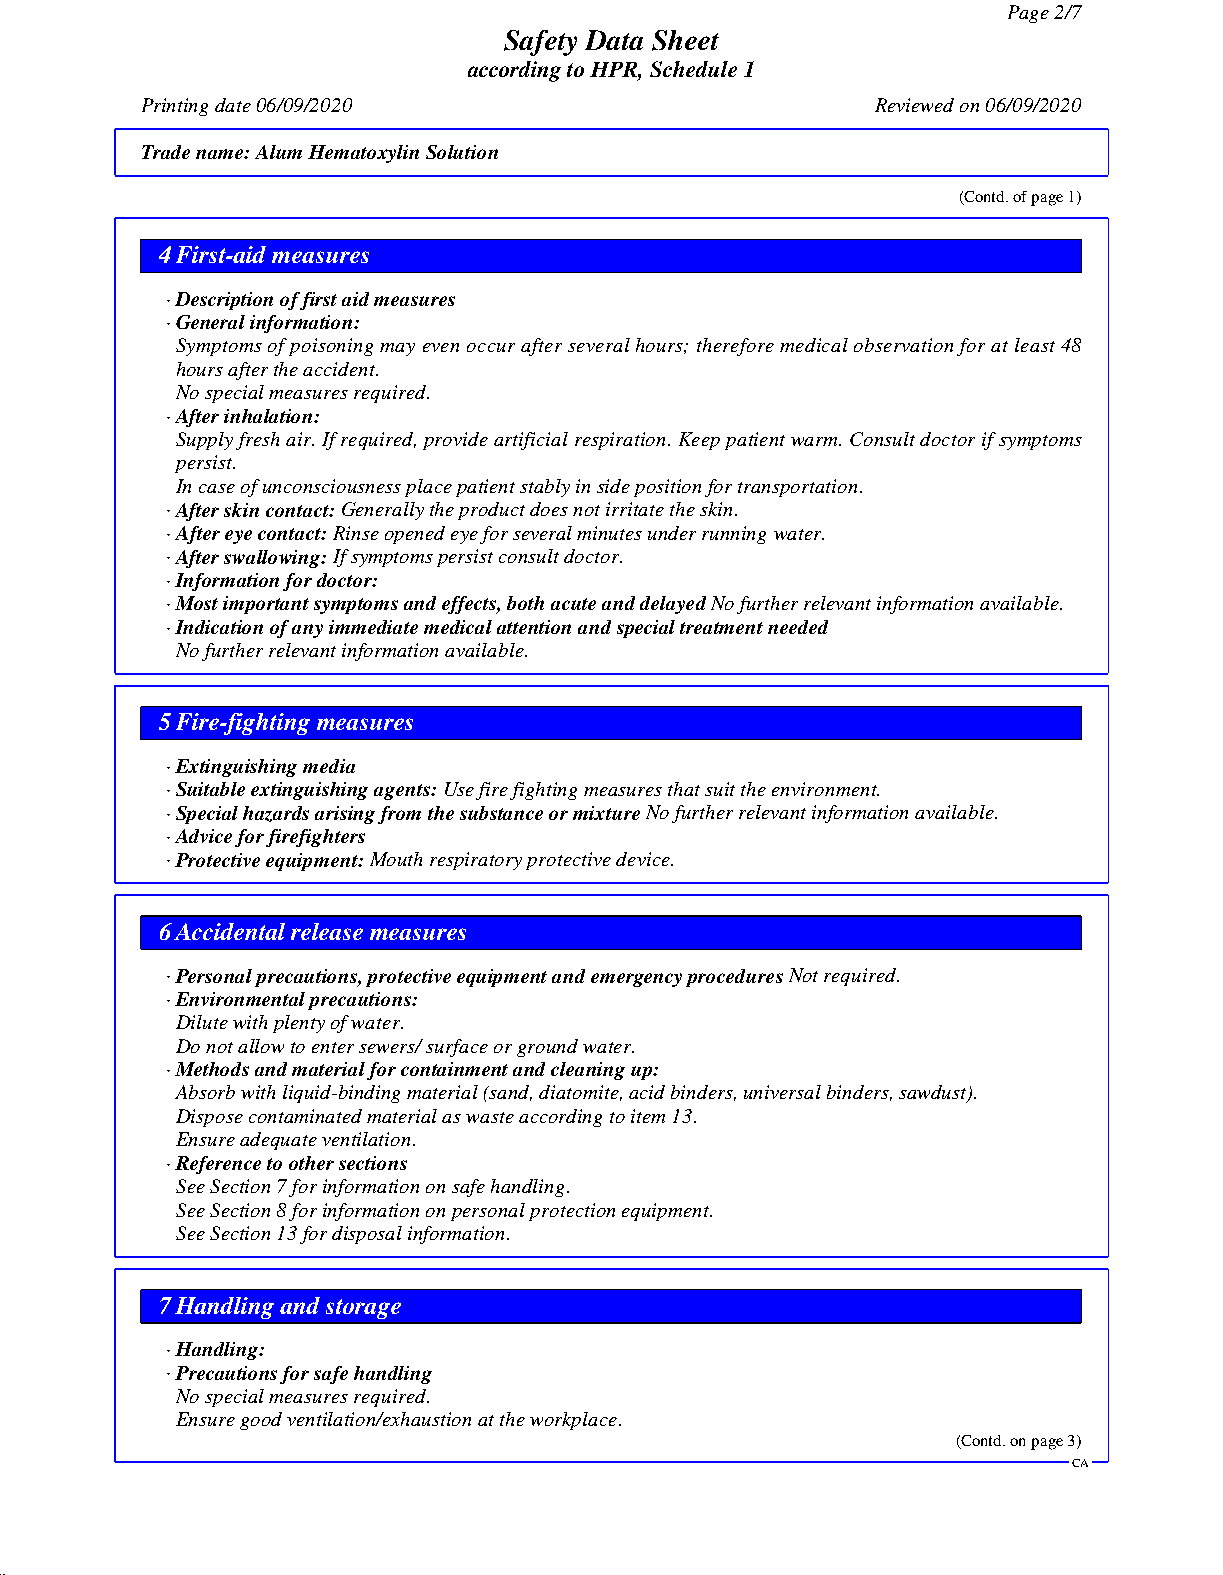
Page 2/7
 Safety Data Sheet
 according to HPR, Schedule 1
 Printing date 06/09/2020                         Reviewed on 06/09/2020
 Trade name:Alum Hematoxylin Solution
 (Contd. of page 1)
 4 First-aid measures
 · Description of first aid measures
 · General information:
 Symptoms of poisoning may even occur after several hours; therefore medical observation for at least 48
 hours after the accident.
 No special measures required.
 · After inhalation:
 Supply fresh air. If required, provide artificial respiration. Keep patient warm. Consult doctor if symptoms
 persist.
 In case of unconsciousness place patient stably in side position for transportation.
 · After skin contact:Generally the product does not irritate the skin.
 · After eye contact:Rinse opened eye for several minutes under running water.
 · After swallowing:If symptoms persist consult doctor.
 · Information for doctor:
 · Most important symptoms and effects, both acute and delayedNo further relevant information available.
 · Indication of any immediate medical attention and special treatment needed
 No further relevant information available.
 5 Fire-fighting measures
 · Extinguishing media
 · Suitable extinguishing agents:Use fire fighting measures that suit the environment.
 · Special hazards arising from the substance or mixtureNo further relevant information available.
 · Advice for firefighters
 · Protective equipment:Mouth respiratory protective device.
 6 Accidental release measures
 · Personal precautions, protective equipment and emergency proceduresNot required.
 · Environmental precautions:
 Dilute with plenty of water.
 Do not allow to enter sewers/ surface or ground water.
 · Methods and material for containment and cleaning up:
 Absorb with liquid-binding material (sand, diatomite, acid binders, universal binders, sawdust).
 Dispose contaminated material as waste according to item 13.
 Ensure adequate ventilation.
 · Reference to other sections
 See Section 7 for information on safe handling.
 See Section 8 for information on personal protection equipment.
 See Section 13 for disposal information.
 7 Handling and storage
 · Handling:
 · Precautions for safe handling
 No special measures required.
 Ensure good ventilation/exhaustion at the workplace.
 (Contd. on page 3)
 CA
 51.0.2